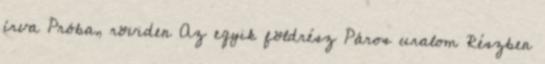
írva Próba, röviden Az egyik földrész Páros uralom Részben